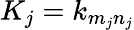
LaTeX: K_{j}=k_{m_{j}n_{j}}